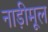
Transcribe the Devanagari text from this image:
नाड़ीमूल